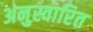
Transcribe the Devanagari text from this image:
अनुस्वारित